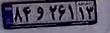
۸۴و۲۶۱۱۳